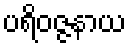
ပရိဝဇ္ဇနာယ